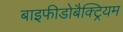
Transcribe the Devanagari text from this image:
बाइफीडोबैक्ट्रियम